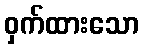
ဝှက်ထားသော